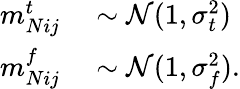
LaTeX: \begin{array}{rl}{m_{Nij}^{t}}&{{}\sim\mathcal{N}(1,\sigma_{t}^{2})}\\ {m_{Nij}^{f}}&{{}\sim\mathcal{N}(1,\sigma_{f}^{2}).}\end{array}